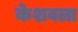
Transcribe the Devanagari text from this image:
केशवला